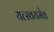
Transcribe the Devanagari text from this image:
यत्स्वयमेव